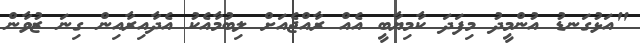
"އަޅުގަނޑު އުންމީދު މިފަދަ ކާމިޔާބީ އެއް ރާއްޖެއަށް ލިބުމާއެކު އެދާއިރާއިން ގިނަ ޒުވާން